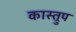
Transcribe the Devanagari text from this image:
कास्त्रुप